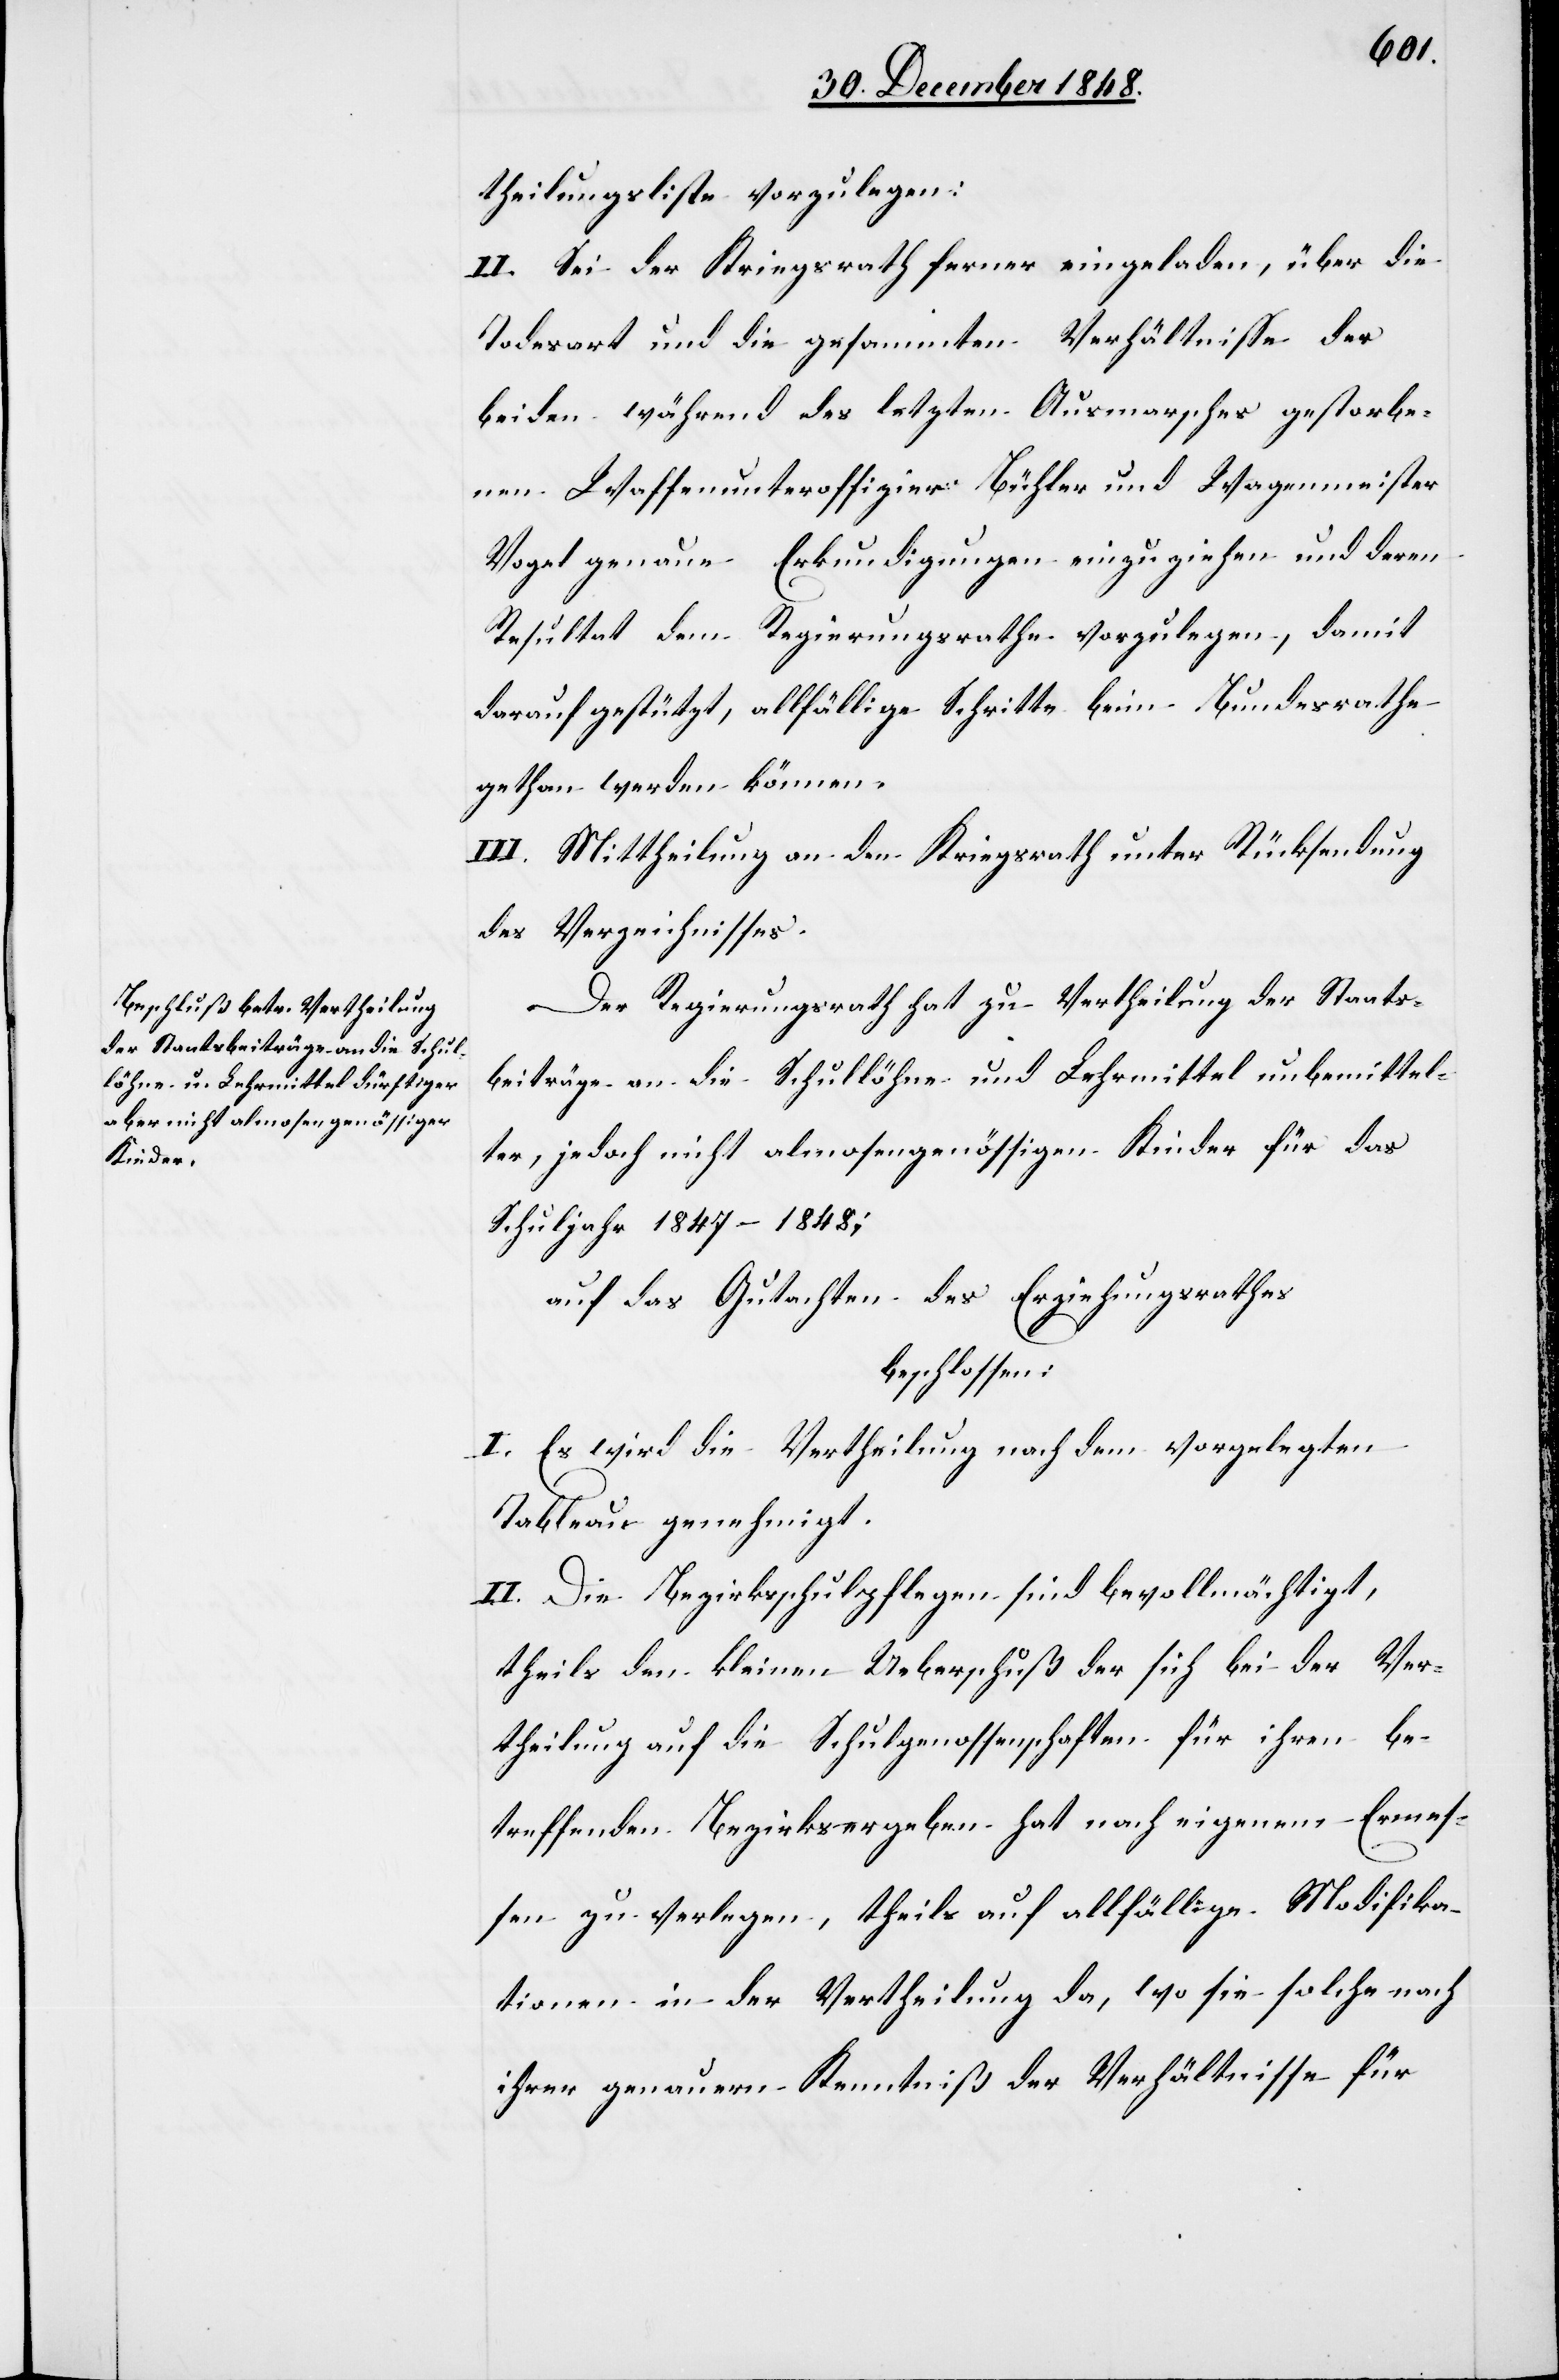
theilungsliste vorzulegen.
II. Sei der Kriegsrath ferner eingeladen, über die
Todesart und die gesammten Verhältnisse der
beiden während des letzten Ausmarsches gestorbe¬
nen Waffenunteroffizier Bühler und Wagenmeister
Vogel genaue Erkundigungen einzuziehen und deren
Resultat dem Regierungsrathe vorzulegen, damit
darauf gestützt, allfällige Schritte beim Bundesrathe
gethan werden können.
III. Mittheilung an den Kriegsrath unter Rücksendung
des Verzeichnisses.
Der Regierungsrath hat zu Vertheilung der Staats¬
beiträge an die Schullöhne und Lehrmittel unbemittel¬
ter, jedoch nicht almosengenössigen Kinder für das
Schuljahr 1847–1848;
auf das Gutachten des Erziehungsrathes
beschlossen:
I. Es wird die Vertheilung nach dem vorgelegten
Tableau genehmigt.
II. Die Bezirksschulpflegen sind bevollmächtigt,
theils den kleinen Ueberschuß der sich bei der Ver¬
theilung auf die Schulgenossenschaften für ihren be¬
treffenden Bezirks ergeben hat nach eigenem Ermes¬
sen zu verlegen, theils auf allfällige Modifika¬
tionen in der Vertheilung da, wo sie solche nach
ihrer genauern Kenntniß der Verhältnisse für